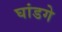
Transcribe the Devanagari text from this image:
घांडगे